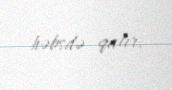
həbsdə qalır.